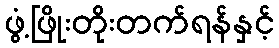
ဖွံ့ဖြိုးတိုးတက်ရန်နှင့်